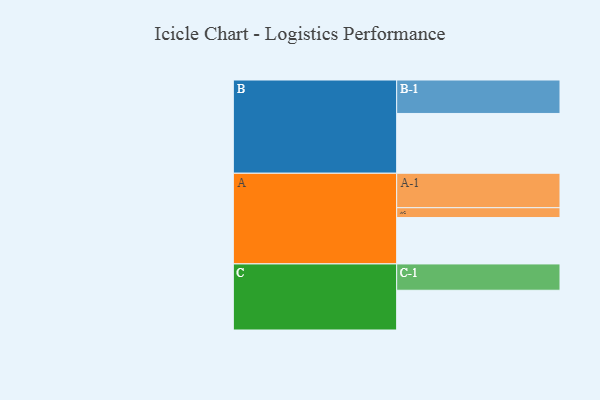
{"axis": {"x": "Segment", "y": "Value"}, "legend": ["", "A", "B", "C"], "data": [{"x": "A", "y": 377, "type": ""}, {"x": "B", "y": 486, "type": ""}, {"x": "C", "y": 323, "type": ""}, {"x": "A-1", "y": 280, "type": "A"}, {"x": "A-2", "y": 80, "type": "A"}, {"x": "B-1", "y": 272, "type": "B"}, {"x": "C-1", "y": 214, "type": "C"}]}